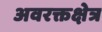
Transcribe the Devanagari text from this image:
अवरक्तक्षेत्र